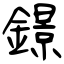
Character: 鐛